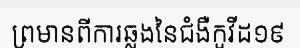
ព្រមានពីការឆ្លងនៃជំងឺកូវីដ១៩